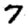
Digit: 7